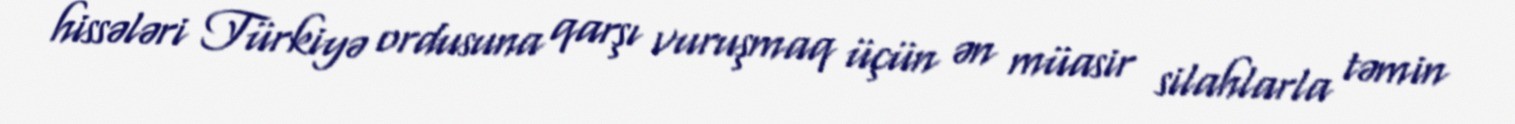
hissələri Türkiyə ordusuna qarşı vuruşmaq üçün ən müasir silahlarla təmin